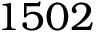
1 5 0 2